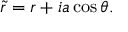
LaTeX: \tilde { r } = r + i a \cos \theta .